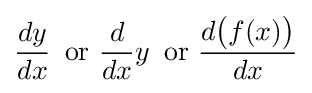
{\frac {dy}{dx}}\,{\text{ or }}{\frac {d}{dx}}y\,{\text{ or }}{\frac {d{\bigl (}f(x){\bigr )}}{dx}}